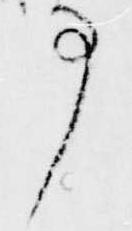
事